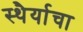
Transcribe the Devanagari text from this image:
स्थैर्याचा